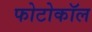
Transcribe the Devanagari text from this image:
फोटोकॉल